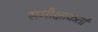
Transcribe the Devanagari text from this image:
समीक्षाकर्ता